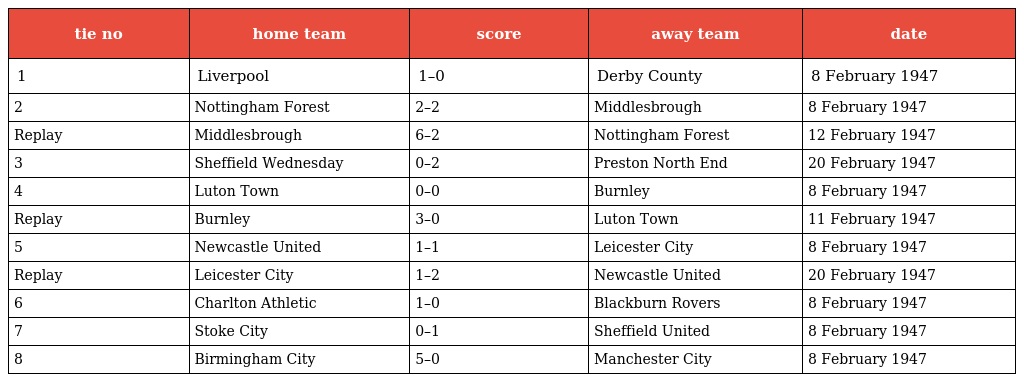
| tie no | home team | score | away team | date |
 | --- | --- | --- | --- | --- |
 | 1 | Liverpool | 1–0 | Derby County | 8 February 1947 |
 | 2 | Nottingham Forest | 2–2 | Middlesbrough | 8 February 1947 |
 | Replay | Middlesbrough | 6–2 | Nottingham Forest | 12 February 1947 |
 | 3 | Sheffield Wednesday | 0–2 | Preston North End | 20 February 1947 |
 | 4 | Luton Town | 0–0 | Burnley | 8 February 1947 |
 | Replay | Burnley | 3–0 | Luton Town | 11 February 1947 |
 | 5 | Newcastle United | 1–1 | Leicester City | 8 February 1947 |
 | Replay | Leicester City | 1–2 | Newcastle United | 20 February 1947 |
 | 6 | Charlton Athletic | 1–0 | Blackburn Rovers | 8 February 1947 |
 | 7 | Stoke City | 0–1 | Sheffield United | 8 February 1947 |
 | 8 | Birmingham City | 5–0 | Manchester City | 8 February 1947 |